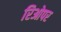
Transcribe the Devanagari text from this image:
रिओपर